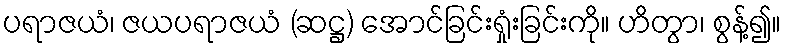
ပရာဇယံ၊ ဇယပရာဇယံ (ဆဋ္ဌ) အောင်ခြင်းရှုံးခြင်းကို။ ဟိတွာ၊ စွန့်၍။